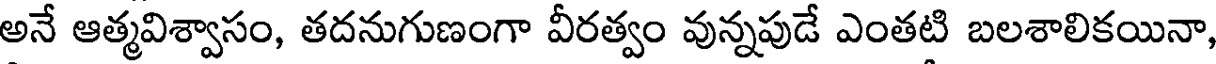
అనే ఆత్మవిశ్వాసం, తదనుగుణంగా వీరత్వం వున్నపుడే ఎంతటి బలశాలికయినా,